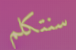
سنتكلم